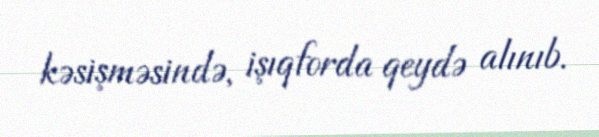
kəsişməsində, işıqforda qeydə alınıb.